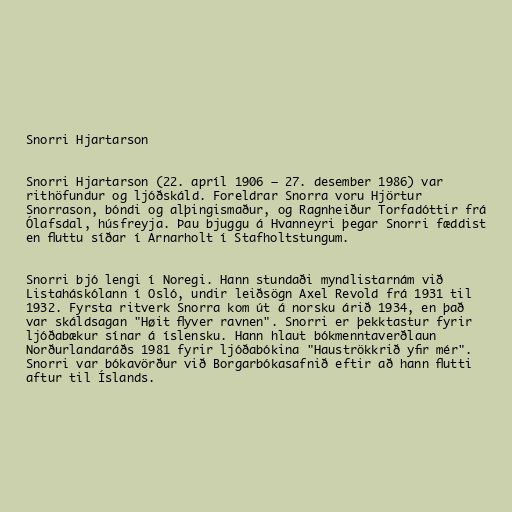
Snorri Hjartarson

Snorri Hjartarson (22. apríl 1906 – 27. desember 1986) var
rithöfundur og ljóðskáld. Foreldrar Snorra voru Hjörtur
Snorrason, bóndi og alþingismaður, og Ragnheiður Torfadóttir frá
Ólafsdal, húsfreyja. Þau bjuggu á Hvanneyri þegar Snorri fæddist
en fluttu síðar í Arnarholt í Stafholtstungum.

Snorri bjó lengi í Noregi. Hann stundaði myndlistarnám við
Listaháskólann í Osló, undir leiðsögn Axel Revold frá 1931 til
1932. Fyrsta ritverk Snorra kom út á norsku árið 1934, en það
var skáldsagan "Høit flyver ravnen". Snorri er þekktastur fyrir
ljóðabækur sínar á íslensku. Hann hlaut bókmenntaverðlaun
Norðurlandaráðs 1981 fyrir ljóðabókina "Hauströkkrið yfir mér".
Snorri var bókavörður við Borgarbókasafnið eftir að hann flutti
aftur til Íslands.